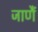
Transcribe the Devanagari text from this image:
जाणैं